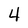
Character: 4